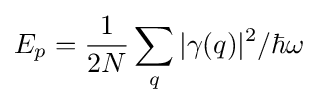
E_{p}={\frac {1}{2N}}\sum _{q}|\gamma (q)|^{2}/\hbar \omega